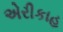
એરીકાહ